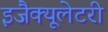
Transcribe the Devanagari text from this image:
इजैक्यूलेटरी